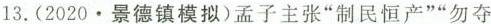
13.(2020.景德镇模拟)孟子主张”制民恒产””勿夺